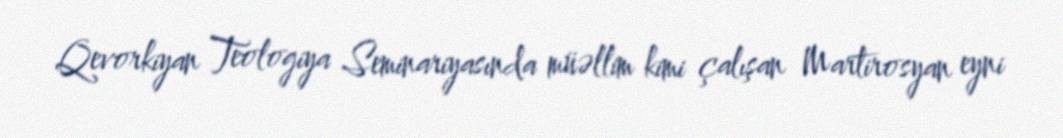
Qevorkiyan Teologiya Seminariyasında müəllim kimi çalışan Martirosyan eyni